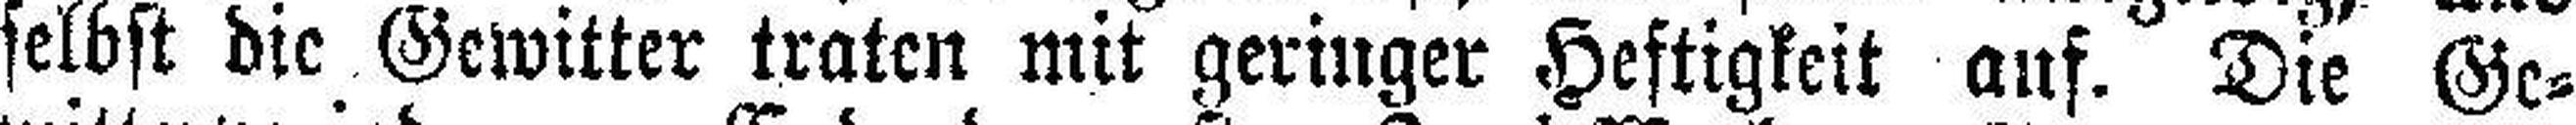
selbst die Gewitter traten mit geringer Heftigkeit auf. Die Ge¬